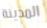
المدينة